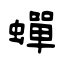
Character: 蟬